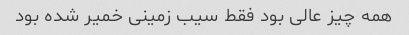
همه چیز عالی بود فقط سیب زمینی خمیر شده بود